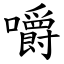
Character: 嚼